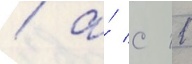
/ а́ с 11